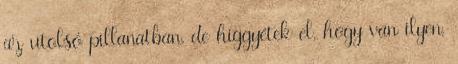
az utolsó pillanatban, de higgyétek el, hogy van ilyen,